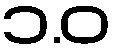
၁.ဝ